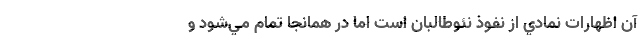
آن اظهارات نمادي از نفوذ نئوطالبان است اما در همانجا تمام مي‌شود و